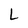
Character: L